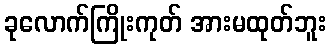
ခုလောက်ကြိုးကုတ် အားမထုတ်ဘူး